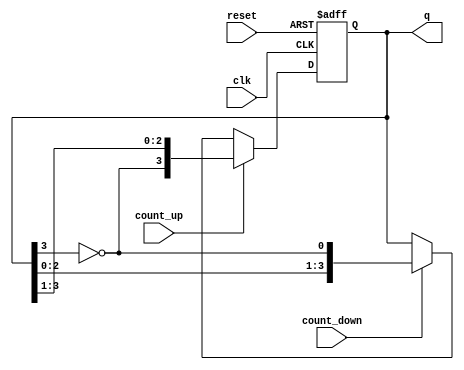
module bidirectional_johnson_counter #(
    parameter N = 4  // Number of flip-flops
)(
    input wire clk,          // Clock input
    input wire reset,        // Asynchronous reset
    input wire count_up,     // Control signal for counting up
    input wire count_down,   // Control signal for counting down
    output reg [N-1:0] q     // Output state of the counter
);

    // Internal signal for the feedback
    wire feedback;

    // Feedback is the inverted output of the last flip-flop
    assign feedback = ~q[N-1];

    always @(posedge clk or posedge reset) begin
        if (reset) begin
            // Reset the counter to 0
            q <= 0;
        end else if (count_up) begin
            // Counting up: Shift left and insert feedback
            q <= {feedback, q[N-1:1]};
        end else if (count_down) begin
            // Counting down: Shift right and insert feedback
            q <= {q[N-2:0], feedback};
        end
    end

endmodule